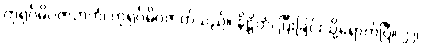
ကုရုင်္ဂမိဂဇာတကံ၊ ကုရုင်္ဂမိဂဇာတ်သည်။ နိဋ္ဌိတံ၊ ပြီးခြင်းသို့ရောက်ပြီ။ ၂၂၊